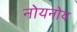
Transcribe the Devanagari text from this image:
नोयनोय